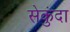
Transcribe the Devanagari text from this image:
सेकुंदा